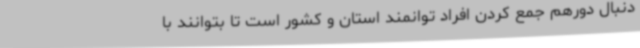
دنبال دورهم جمع کردن افراد توانمند استان و کشور است تا بتوانند با